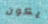
يكون